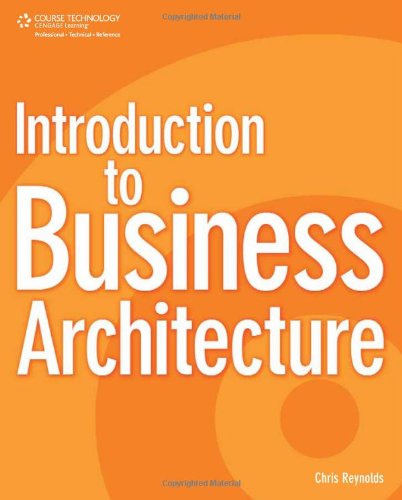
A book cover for Introduction to Business Architecture; Chris Reynolds; Business & Money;